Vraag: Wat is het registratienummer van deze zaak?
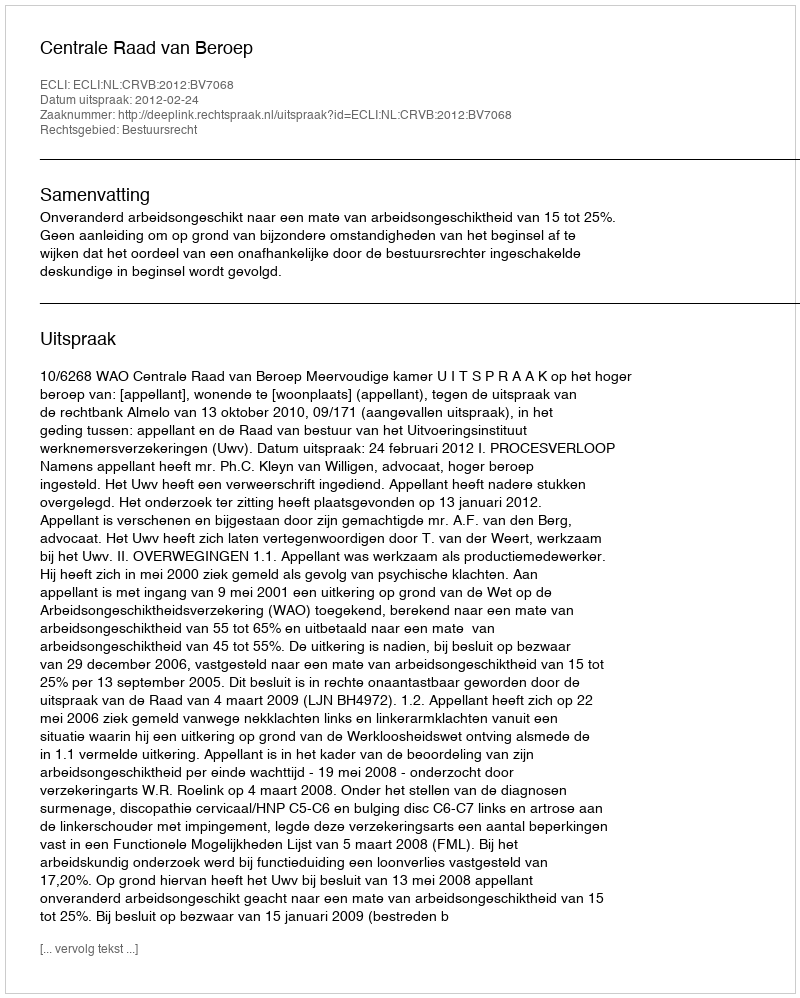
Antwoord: http://deeplink.rechtspraak.nl/uitspraak?id=ECLI:NL:CRVB:2012:BV7068